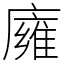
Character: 𢋊